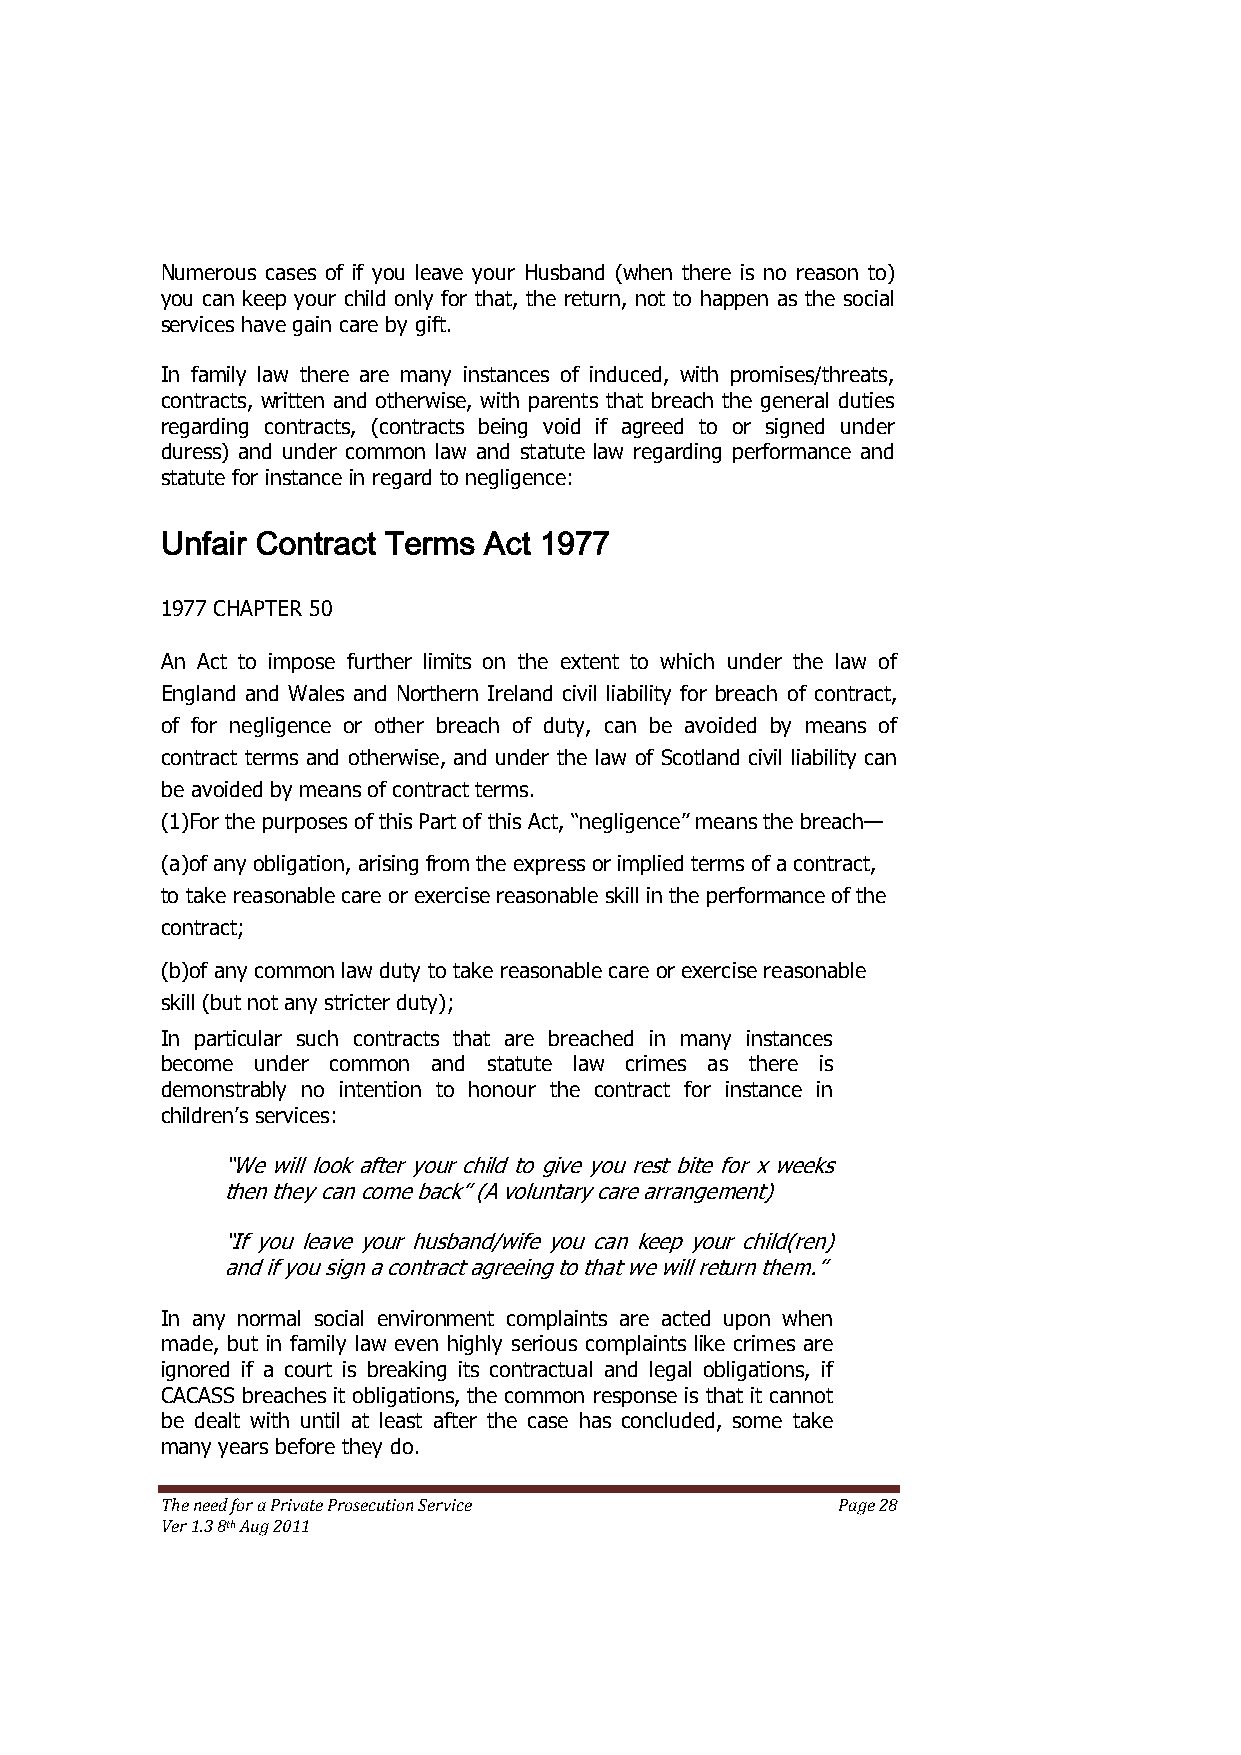
Numerous cases of if you leave your Husband (when there is no reason to)
 you can keep your child only for that, the return, not to happen as the social
 services have gain care by gift.
 In family law there are many instances of induced, with promises/threats,
 contracts, written and otherwise, with parents that breach the general duties
 regarding contracts, (contracts being void if agreed to or signed under
 duress) and under common law and statute law regarding performance and
 statute for instance in regard to negligence:
 Unfair Contract Terms Act 1977
 1977 CHAPTER 50
 An Act to impose further limits on the extent to which under the law of
 England and Wales and Northern Ireland civil liability for breach of contract,
 of for negligence or other breach of duty, can be avoided by means of
 contract terms and otherwise, and under the law of Scotland civil liability can
 be avoided by means of contract terms.
 (1)For the purposes of this Part of this Act, ―negligence‖ means the breach—
 (a)of any obligation, arising from the express or implied terms of a contract,
 to take reasonable care or exercise reasonable skill in the performance of the
 contract;
 (b)of any common law duty to take reasonable care or exercise reasonable
 skill (but not any stricter duty);
 In particular such contracts that are breached in many instances
 become under common and statute law crimes as there is
 demonstrably no intention to honour the contract for instance in
 children’s services:
 ―We will look after your child to give you rest bite for x weeks
 then they can come back‖ (A voluntary care arrangement)
 ―If you leave your husband/wife you can keep your child(ren)
 and if you sign a contract agreeing to that we will return them.‖
 In any normal social environment complaints are acted upon when
 made, but in family law even highly serious complaints like crimes are
 ignored if a court is breaking its contractual and legal obligations, if
 CACASS breaches it obligations, the common response is that it cannot
 be dealt with until at least after the case has concluded, some take
 many years before they do.
 The need for a Private Prosecution Service  Page 28
 Ver 1.3 8th Aug 2011